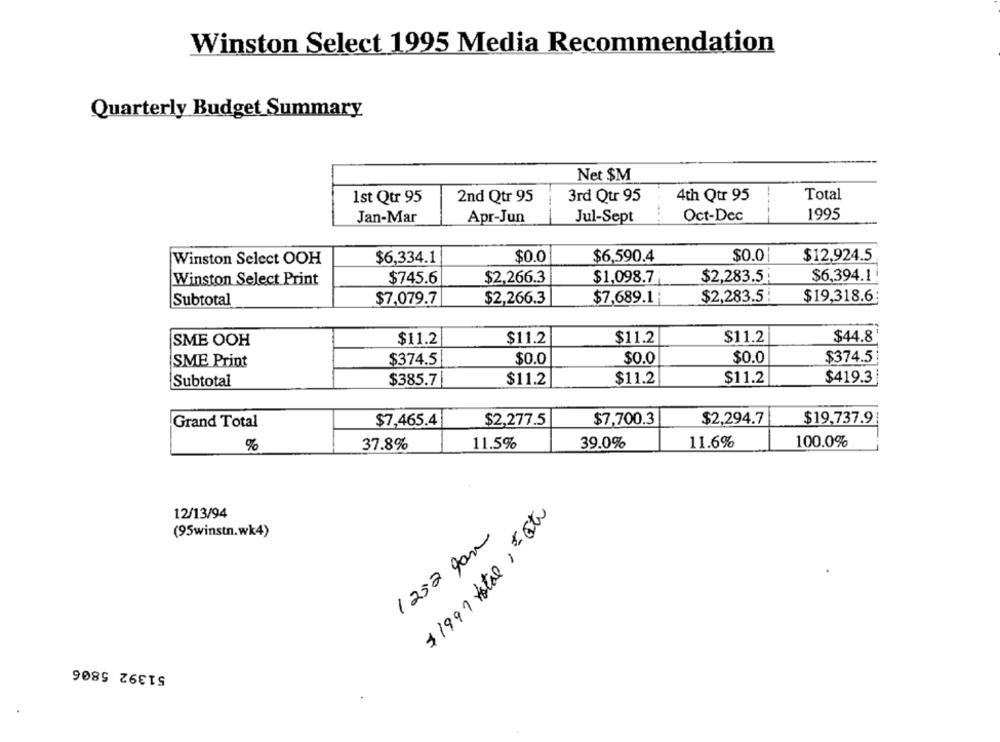
Winston Select 1995 Media Recommendation
Quarterly Budget Summary
Net $M
1st Qtr 95
2nd Qtr 95
3rd Qur 95
4th Qtr 95
Total
1995
Jan-Mar
Apr-Jun
Jul-Sept
Oct-Dec
Winston Select OOH
$6,334.1
$0.0
$6,590.4
$0.0
$12,924.5
Winston Select Print
$745.6
$2,266.3
$1,098.7
$2,283.5
$6,394.1
$19,318.6
Subtotal
$7,079.7
$2,266.3
$7,689.1 ;
$2,283.5 !
SME OOH
$11.2
$11.2
$11.2
$11.2
$44.8
SME Print
$374.5
$0.0
$0.0
$0.0
$374.51
$419.3|
Subtotal
$385.7
$11.2
$11.2
$11.2
$7,465.4
$2,277.5
$7,700.3
$2,294.7
$19,737.9
Grand Total
11.5%
39.0%
11.6%
100.0%
%
37.8%
$ 1997 total, Et
12/13/94
(95winstn.wk4)
1252 Jan
51392 5806